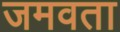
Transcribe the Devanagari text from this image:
जमवता